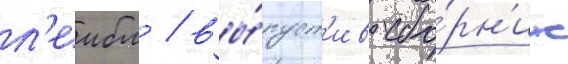
л'еибл / вы́пуст'ив сбо́рн'ик